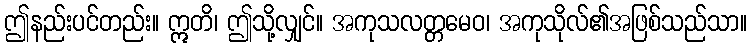
ဤနည်းပင်တည်း။ ဣတိ၊ ဤသို့လျှင်။ အကုသလတ္တမေဝ၊ အကုသိုလ်၏အဖြစ်သည်သာ။